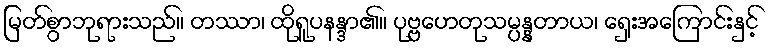
မြတ်စွာဘုရားသည်။ တဿာ၊ ထိုရူပနန္ဒာ၏။ ပုဗ္ဗဟေတုသမ္ပန္နတာယ၊ ရှေးအကြောင်းနှင့်